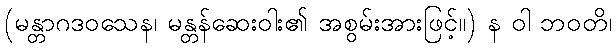
(မန္တာဂဒဝသေန၊ မန္တန်ဆေးဝါး၏ အစွမ်းအားဖြင့်။) န ဝါ ဘဝတိ၊